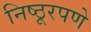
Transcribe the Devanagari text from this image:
निष्ठूरपणे